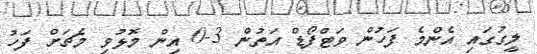
ލީގުގައި އެންމެ ފަހުން ވަޓްފޯޑް އަތުން 3-0 އިން މޮޅުވި މެޗަށް ފަހު